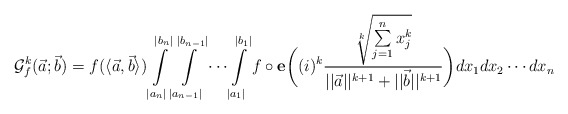
\begin{align*}\mathcal{G}^k_f(\vec{a};\vec{b})=f(\langle \vec{a},\vec{b}\rangle)\int \limits_{|a_n|}^{|b_n|} \int \limits_{|a_{n-1}|}^{|b_{n-1}|}\cdots \int \limits_{|a_1|}^{|b_1|}f\circ \mathbf{e}\bigg((i)^k \frac{\sqrt[k]{\sum \limits_{j=1}^{n}x^k_j}}{||\vec{a}||^{k+1}+||\vec{b}||^{k+1}}\bigg)dx_1dx_2\cdots dx_n\end{align*}